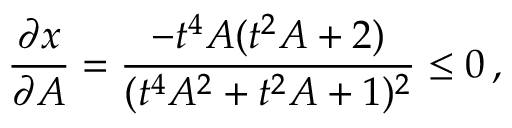
\frac { \partial x } { \partial A } = \frac { - t ^ { 4 } A ( t ^ { 2 } A + 2 ) } { ( t ^ { 4 } A ^ { 2 } + t ^ { 2 } A + 1 ) ^ { 2 } } \leq 0 \, ,